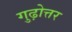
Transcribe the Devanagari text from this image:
गुढ़ोत्तर